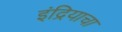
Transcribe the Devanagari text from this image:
इंद्रियाचा